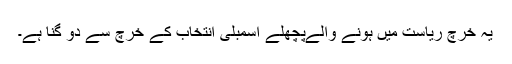
یہ خرچ ریاست میں ہونے والےپچھلے اسمبلی انتخاب کے خرچ سے دو گنا ہے۔